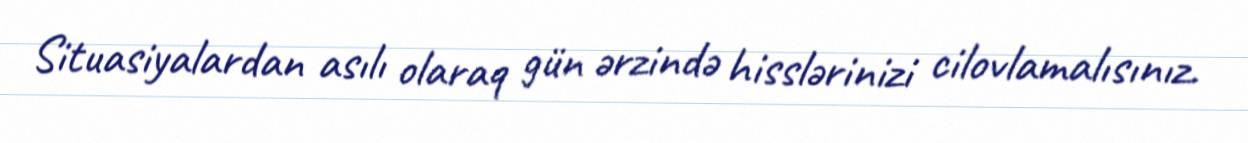
Situasiyalardan asılı olaraq gün ərzində hisslərinizi cilovlamalısınız.